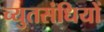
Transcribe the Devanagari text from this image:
च्युतसंधियों